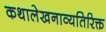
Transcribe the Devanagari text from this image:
कथालेखनाव्यतिरिक्त